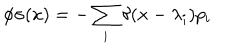
\phi \sigma ( x ) = - \sum _ { i } \delta ( x - \lambda _ { i } ) p _ { i }